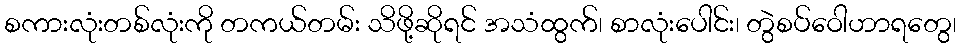
စကားလုံးတစ်လုံးကို တကယ်တမ်း သိဖို့ဆိုရင် အသံထွက်၊ စာလုံးပေါင်း၊ တွဲစပ်ဝေါဟာရတွေ၊